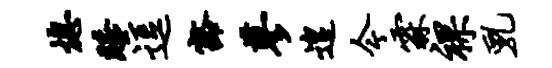
熄睡逗豁蓼遑今霖裸乳